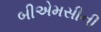
બીએમસીની